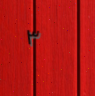
٣